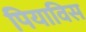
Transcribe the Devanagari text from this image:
पियाविस